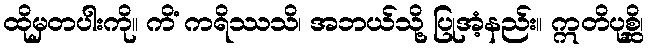
ထိုမှတပါးကို။ ကိံ ကရိဿသိ၊ အဘယ်သို့ ပြုအံ့နည်း။ ဣတိပုစ္ဆိ၊